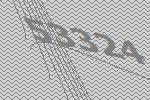
53324